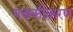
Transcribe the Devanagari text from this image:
पक्कीकरण